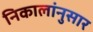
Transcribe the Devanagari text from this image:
निकालांनुसार